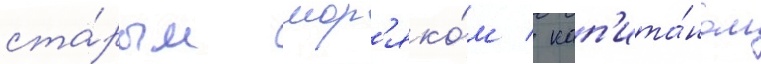
ста́рым мор'яко́м / кап'ита́ном